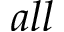
a l l